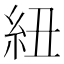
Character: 紐